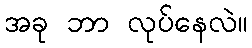
အခု ဘာ လုပ်နေလဲ။